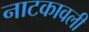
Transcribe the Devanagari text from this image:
नाटकावली